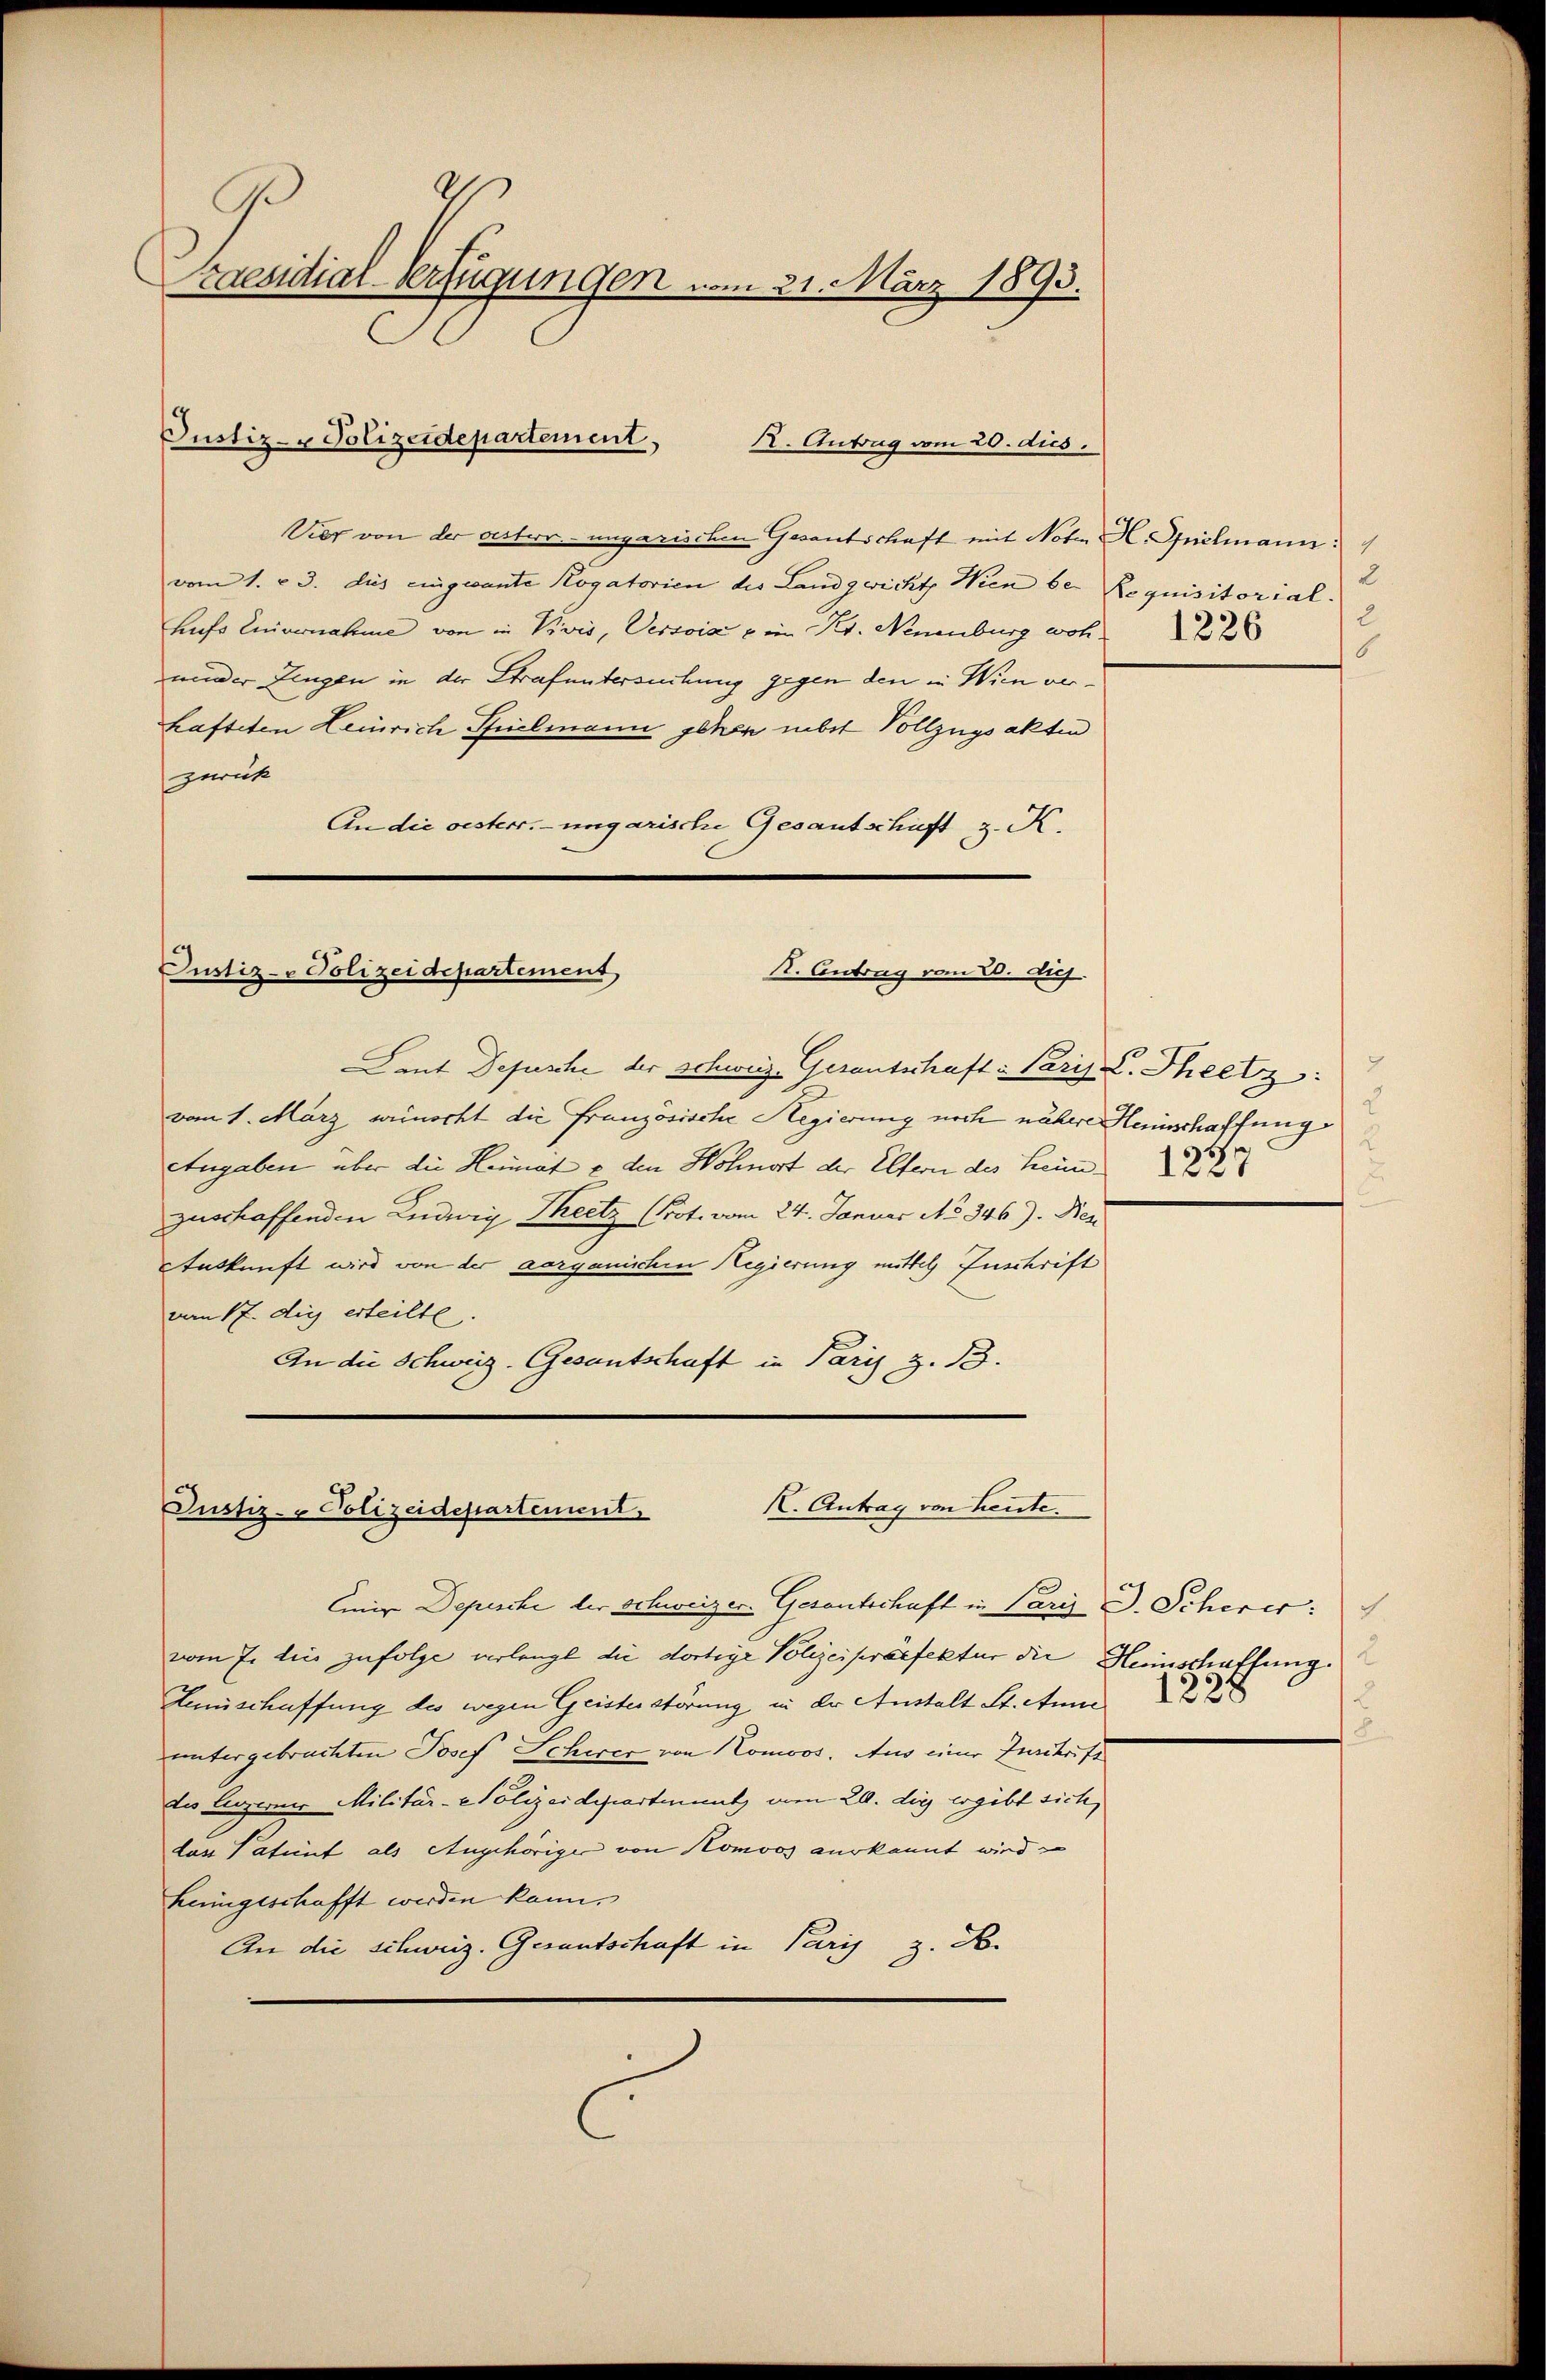
raesidial-Verfügungen vom 21. März 1893.

Vier von der oestern- ungarischen Gesantschaft mit Note H. Spielmann
vom 1. v. 3. dies eingesante Rogatorien des Landgwicht Wien be- Requisitorial.
hufs Einvernahme von in Vivis, Versoia o in K. Neuenburg wohnieder Zeugen in der Strafuntersuchung gegen den in Wien verhafteten Leinrich Spielmann gehen über Vollzugsakten
zurück
An die oesterr.-ungarische Gesantschaft z. K.

Justiz- & Polizeidepartement,
K. Antrag vom 20. dies

Justiz- & Polizeidepartement,
st. Antrag vom 20. Dez.

Laut Depesche der Schweiz. Gesantschaft Paris C. Theetz:
vom 1. März, wienecht die Französische Regierung noch nähere Heinschaffung
Angaben über die Heimat u den Wohnort der Eltern des Heim
zuschaffenden Ludwig Theetz (Prot. vom 24. Januar No 346). Ben
Auskunft wird von der vorganischen Regierung mittel Zuschrift
vom 17. die erteilte.
An die Schweiz. Gesantschaft in Paris z. 13.

Justiz- Polizeidepartement. I. Antrag von heute.

Einige Depesche der Schweizer. Gesantschaft in Paris D. Scherer:
vom 7. dies zufolge verlangt die dortige Polizeipräsfektur die Heinschaffung.
Hemischaffung des wegen Geisterstörung in der Anstalt St. Am 22
untergebrachten Josef Schwer von Komoos. Aus einer Zuschrift
tes Luzernes Militär-Polizeidepartement am 20. dig ergibt sich,
das Patent als Augehöriger von Homoos aus kannt wird
hningeschafft werden kann.
An die Schweiz. Gesantschaft in Paris z. B.

2
2
1226
6

2

2
8